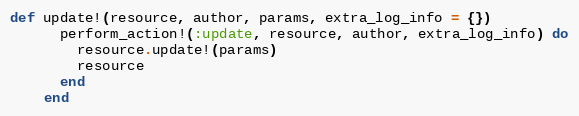
Language: Ruby
def update!(resource, author, params, extra_log_info = {})
      perform_action!(:update, resource, author, extra_log_info) do
        resource.update!(params)
        resource
      end
    end